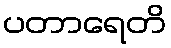
ပတာရေတိ